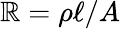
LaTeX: \mathbb{R}=\rho\ell/A